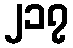
၂၁၇